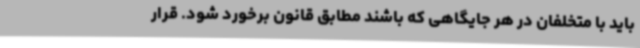
باید با متخلفان در هر جایگاهی که باشند مطابق قانون برخورد شود. قرار